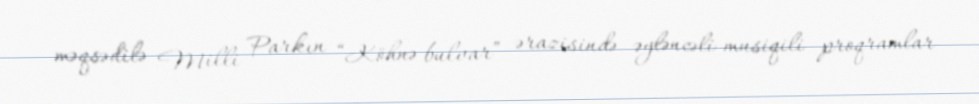
məqsədilə Milli Parkın “Köhnə bulvar” ərazisində əyləncəli-musiqili proqramlar